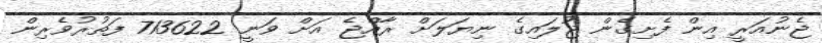
ޖެނުއަރީ އިން ފެށިގެން ޖުލައިގެ ނިޔަލަށް ރާއްޖެ އަށް ވަނީ 713622 ފަތުރުވެރިން